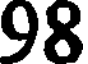
98